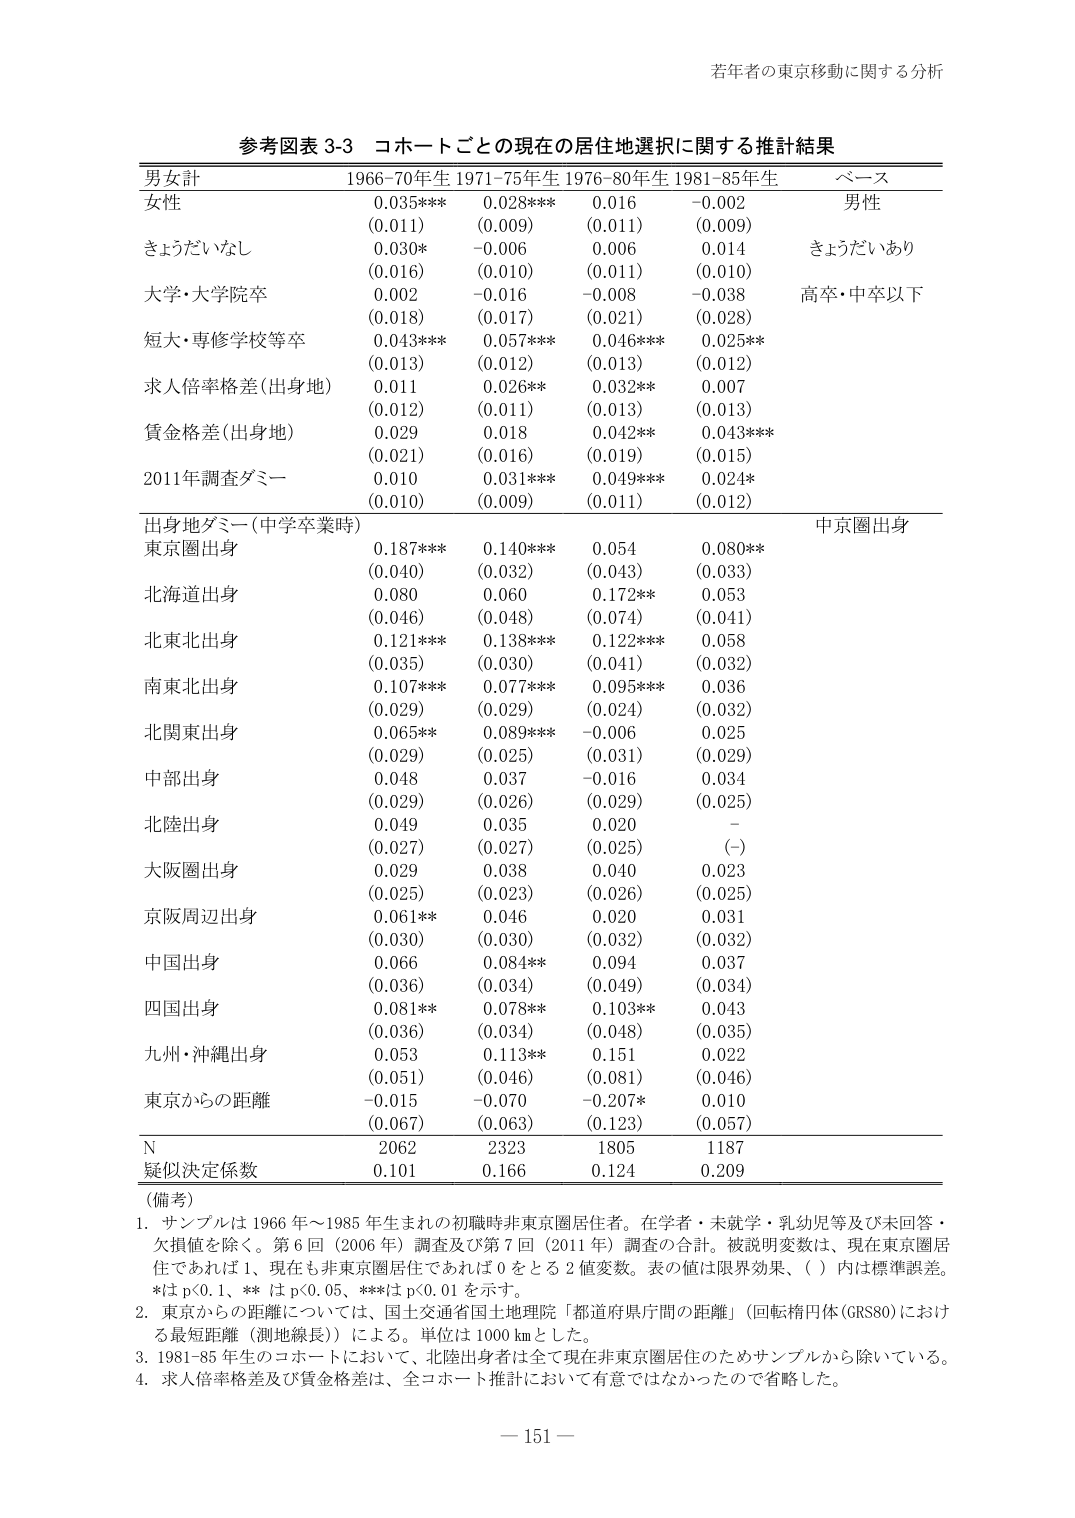
参考図表 3-3 コホートごとの現在の居住地選択に関する推計結果

男女計 1966-70年生 1971-75年生 1976-80年生 1981-85年生 ベース
女性 0.035*** 0.028*** 0.016 -0.002 男性
(0.011) (0.009) (0.011) (0.009)
きょうだいなし 0.030* -0.006 0.006 0.014 きょうだいあり
(0.016) (0.010) (0.011) (0.010)
大学・大学院卒 0.002 -0.016 -0.008 -0.038 高卒・中卒以下
(0.018) (0.017) (0.021) (0.028)
短大・専修学校等卒 0.043*** 0.057*** 0.046*** 0.025**
(0.013) (0.012) (0.013) (0.012)
求人倍率格差(出身地) 0.011 0.026** 0.032** 0.007
(0.012) (0.011) (0.013) (0.013)
賃金格差(出身地) 0.029 0.018 0.042** 0.043***
(0.021) (0.016) (0.019) (0.015)
2011年調査ダミー 0.010 0.031*** 0.049*** 0.024*
(0.010) (0.009) (0.011) (0.012)

出身地ダミー(中学卒業時) 中京圏出身
東京圏出身 0.187*** 0.140*** 0.054 0.080**
(0.040) (0.032) (0.043) (0.033)
北海道出身 0.080 0.060 0.172** 0.053
(0.046) (0.048) (0.074) (0.041)
北東北出身 0.121*** 0.138*** 0.122*** 0.058
(0.035) (0.030) (0.041) (0.032)
南東北出身 0.107*** 0.077*** 0.095*** 0.036
(0.029) (0.029) (0.024) (0.032)
北関東出身 0.065** 0.089*** -0.006 0.025
(0.029) (0.025) (0.031) (0.029)
中部出身 0.048 0.037 -0.016 0.034
(0.029) (0.026) (0.029) (0.025)
北陸出身 0.049 0.035 0.020 -
(0.027) (0.027) (0.025) (-)
大阪圏出身 0.029 0.038 0.040 0.023
(0.025) (0.023) (0.026) (0.025)
京阪周辺出身 0.061** 0.046 0.020 0.031
(0.030) (0.030) (0.032) (0.032)
中国出身 0.066 0.084** 0.094 0.037
(0.036) (0.034) (0.049) (0.034)
四国出身 0.081** 0.078** 0.103** 0.043
(0.036) (0.034) (0.048) (0.035)
九州・沖縄出身 0.053 0.113** 0.151 0.022
(0.051) (0.046) (0.081) (0.046)
東京からの距離 -0.015 -0.070 -0.207* 0.010
(0.067) (0.063) (0.123) (0.057)

N 2062 2323 1805 1187
疑似決定係数 0.101 0.166 0.124 0.209

（備考）
1. サンプルは 1966 年～1985 年生まれの初職時非東京圏居住者。在学者・未就学・乳幼児等及び未回答・欠損値を除く。第 6 回（2006 年）調査及び第 7 回（2011 年）調査の合計。被説明変数は、現在東京圏居住であれば 1、現在も非東京圏居住であれば 0 をとる 2 値変数。表の値は限界効果、（ ）内は標準誤差。*は p<0.1、** は p<0.05、***は p<0.01 を示す。
2. 東京からの距離については、国土地理院「都道府県庁間の距離」（回転楕円体 (GRS80) における最短距離（測地線長））による。単位は 1000 km とした。
3. 1981-85 年生のコホートにおいて、北陸出身者は全て現在非東京圏居住のためサンプルから除いている。
4. 求人倍率格差及び賃金格差は、全コホート推計において有意ではなかったので省略した。

若年者の東京移動に関する分析

－ 151 －